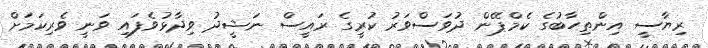
ރިޔާސީ އިންތިހާބުގެ ކެމްޕޭން ދުވަސްވަރު ކުރީގެ ރައީސް ނަޝީދު ވިދާޅުވެފައި ވަނީ ވެރިކަމަށް